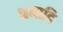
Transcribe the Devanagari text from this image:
भ्रमादि